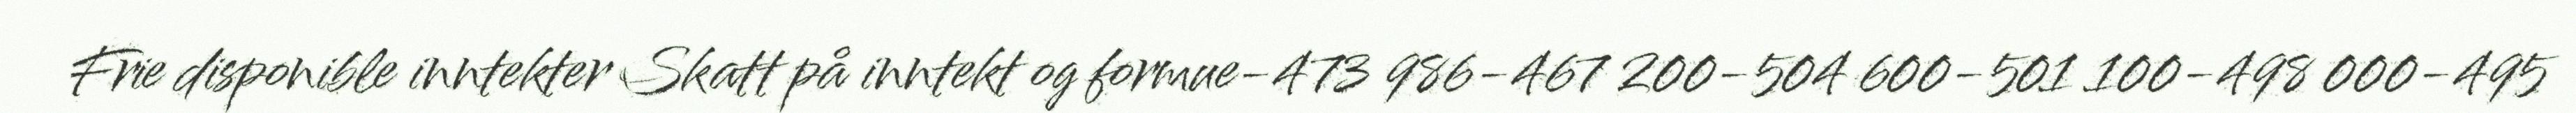
Frie disponible inntekter Skatt på inntekt og formue-473 986-467 200-504 600-501 100-498 000-495